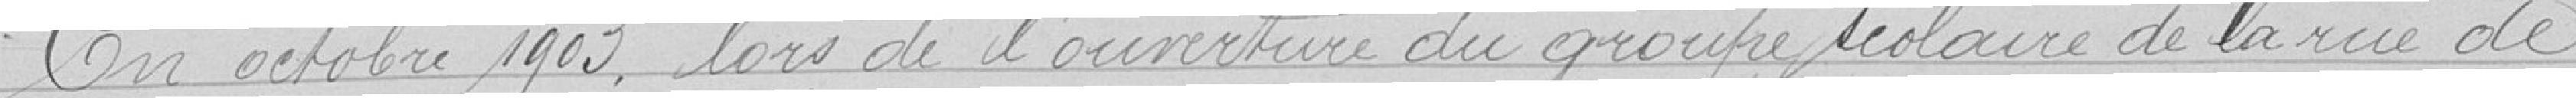
en octobre 1903, lors de l'ouverture du groupe scolaire de la ruie de